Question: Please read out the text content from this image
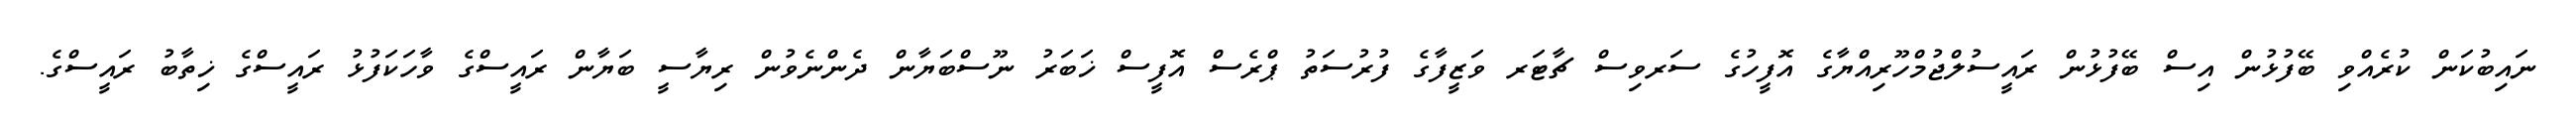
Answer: ނައިބުކަން ކުރެއްވި ބޭފުޅުން އިސް ބޭފުޅުން ރައީސުލްޖުމްހޫރިއްޔާގެ އޮފީހުގެ ސަރވިސް ޗާޓަރ ވަޒީފާގެ ފުރުސަތު ޕްރެސް އޮފީސް ޚަބަރު ނޫސްބަޔާން ދެންނެވުން ރިޔާސީ ބަޔާން ރައީސްގެ ވާހަކަފުޅު ރައީސްގެ ޚިތާބު ރައީސްގެ.